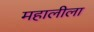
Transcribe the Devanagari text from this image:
महालीला